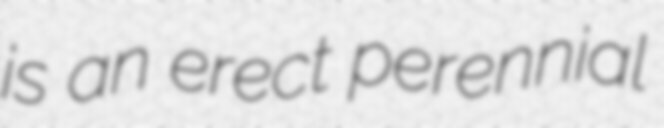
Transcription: is an erect perennial